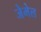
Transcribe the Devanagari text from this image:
जेमेल